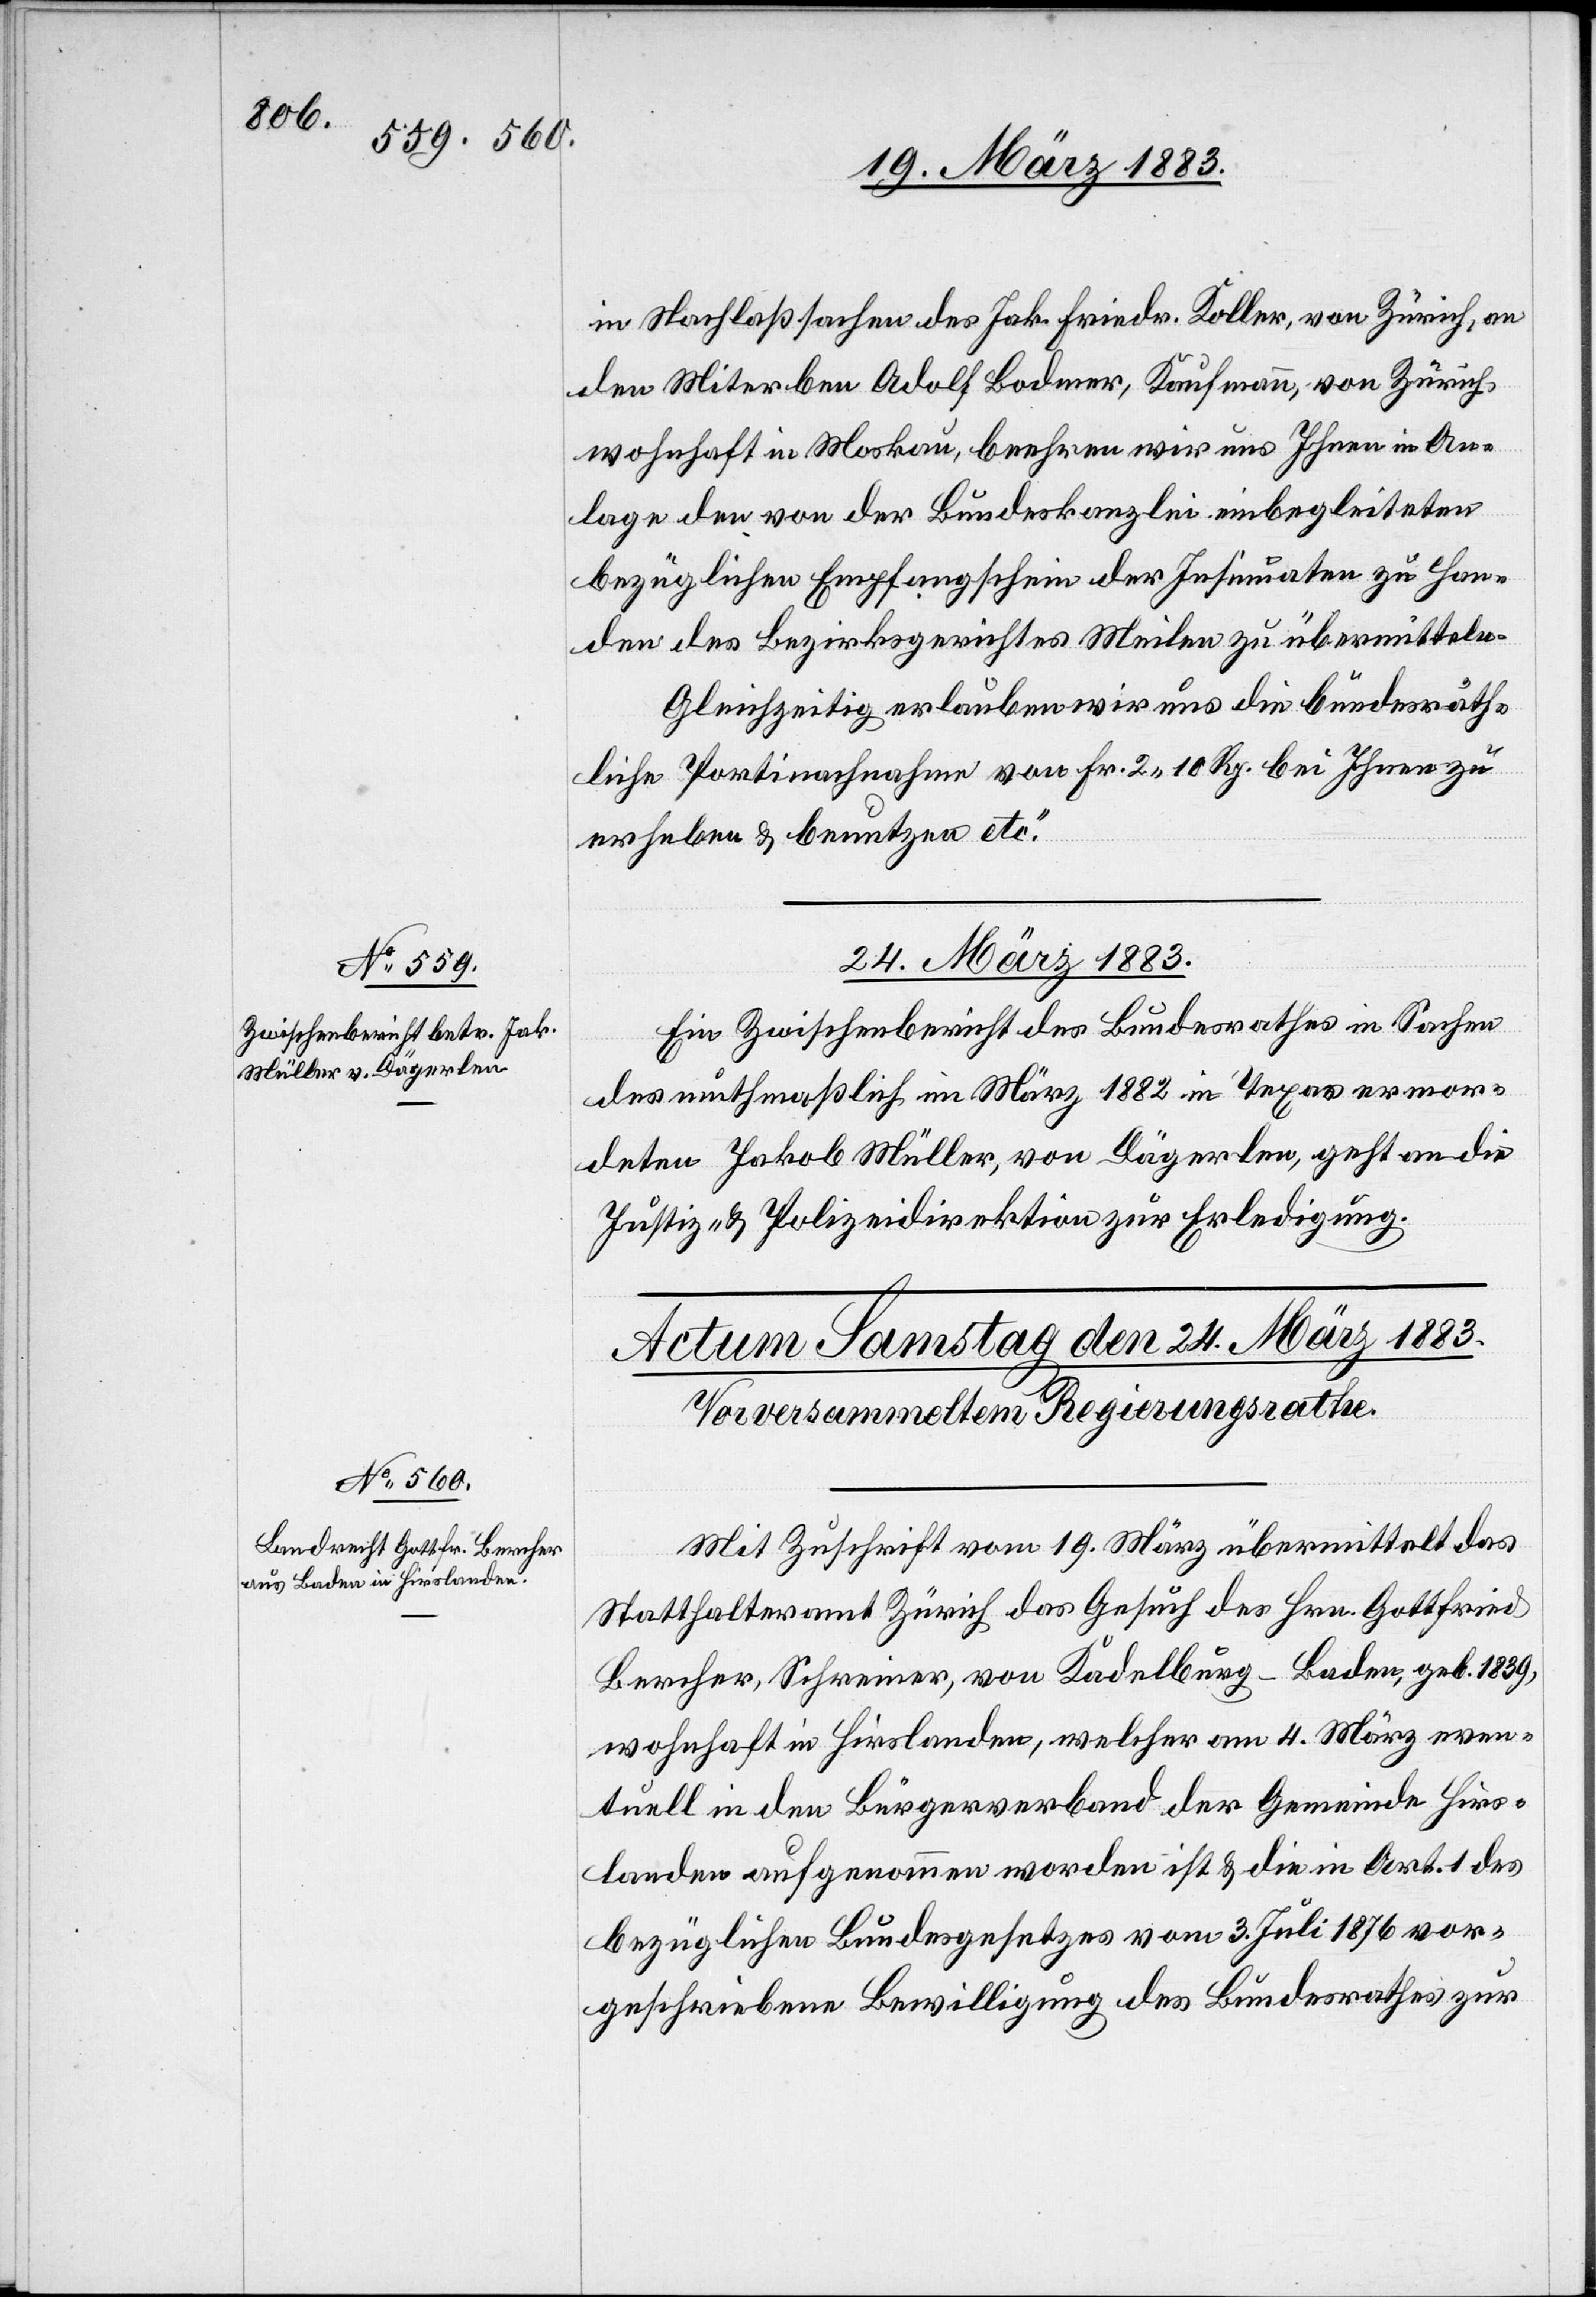
in Nachlaßsachen des Jak. Friedr. Koller, von Zürich, an
den Miterben Adolf Bodmer, Kaufmann, von Zürich,
wohnhaft in Moskau, beehren wir uns Ihnen in An¬
lage den von der Bundeskanzlei einbegleiteten
bezüglichen Empfangschein der Insinuaten zu Han¬
des des Bezirksgerichtes Meilen zu übermitteln.
Gleichzeitig erlauben wir uns die bundesräth¬
liche Portinachnahme von Fr. 2 10 Rp. bei Ihnen zu
erheben & benutzen etc.“
24. März 1883.
Ein Zwischenbericht des Bundesrathes in Sachen
des muthmaßlich im März 1882 in Texas ermor¬
deten Jakob Müller, von Dägerlen, geht an die
Justiz- & Polizeidirektion zur Erledigung.
Mit Zuschrift vom 19. März übermittelt das
Statthalteramt Zürich das Gesuch des Hrn. Gottfried
Bercher, Schreiner, von Kadelburg - Baden, geb. 1839,
wohnhaft in Hirslanden, welcher am 4. März even¬
tuell in den Bürgerverband der Gemeinde Hirs¬
landen aufgenommen worden ist & die in Art. 1 des
bezüglichen Bundesgesetzes vom 3. Juli 1876 vor¬
geschriebene Bewilligung des Bundesrathes zur